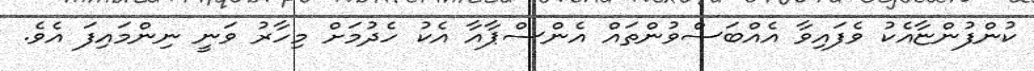
ކުންފުންޏާއެކު ވެފައިވާ އެއްބަސްވުންތައް އެންސްޕާއާ އެކު ހެދުމަށް މިހާރު ވަނީ ނިންމައިފަ އެވެ.